Tezpur Lunatic Asylum reports 1895-1904 - 1895-1904
Year: 1895
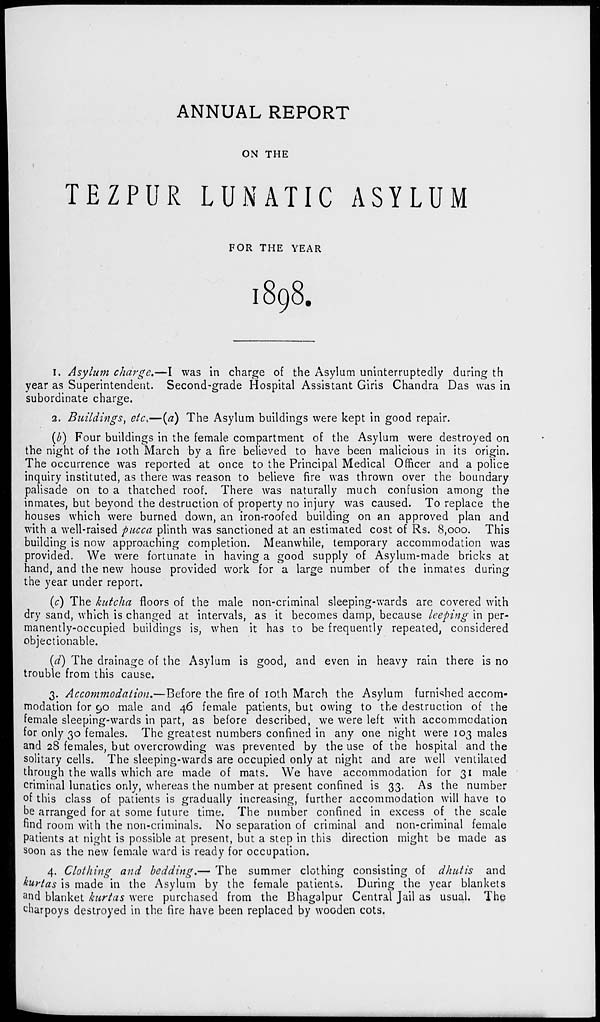
ANNUAL REPORT
ON THE
TEZPUR LUNATIC ASYLUM
FOR THE YEAR
1898.
1. Asylum charge.—I was in charge of the Asylum uninterruptedly during th
year as Superintendent. Second-grade Hospital Assistant Giris Chandra Das was in
subordinate charge.
2. Buildings, etc,—(a) The Asylum buildings were kept in good repair.
(b) Four buildings in the female compartment of the Asylum were destroyed on
the night of the 10th March by a fire believed to have been malicious in its origin.
The occurrence was reported at once to the Principal Medical Officer and a police
inquiry instituted, as there was reason to believe fire was thrown over the boundary
palisade on to a thatched roof. There was naturally much confusion among the
inmates, but beyond the destruction of property no injury was caused. To replace the
houses which were burned down, an iron-roofed building on an approved plan and
with a well-raised pucca plinth was sanctioned at an estimated cost of Rs. 8,000. This
building is now approaching completion. Meanwhile, temporary accommodation was
provided. We were fortunate in having a good supply of Asylum-made bricks at
hand, and the new house provided work for a large number of the inmates during
the year under report.
(c) The kutcha floors of the male non-criminal sleeping-wards are covered with
dry sand, which is changed at intervals, as it becomes damp, because leeping in per-
manently-occupied buildings is, when it has to be frequently repeated, considered
objectionable.
(d) The drainage of the Asylum is good, and even in heavy rain there is no
trouble from this cause.
3. Accommodation.—Before the fire of 10th March the Asylum furnished accom-
modation for 90 male and 46 female patients, but owing to the destruction of the
female sleeping-wards in part, as before described, we w r ere left with accommodation
for only 30 females. The greatest numbers confined in any one night were 103 males
and 28 females, but overcrowding was prevented by the use of the hospital and the
solitary cells. The sleeping-wards are occupied only at night and are well ventilated
through the walls which are made of mats. We have accommodation for 31 male
criminal lunatics only, whereas the number at present confined is 33. As the number
of this class of patients is gradually increasing, further accommodation will have to
be arranged for at some future time. The number confined in excess of the scale
find room with the non-criminals. No separation of criminal and non-criminal female
patients at night is possible at present, but a step in this direction might be made as
soon as the new female ward is ready for occupation.
4. Clothing and bedding.— The summer clothing consisting of dhutis and
kurtas is made in the Asylum by the female patients. During the year blankets
a nd blanket kurtas were purchased from the Bhagalpur Central Jail as usual. The
^harpoys destroyed in the fire have been replaced by wooden cots.